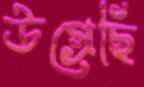
উগ্‌রেছি